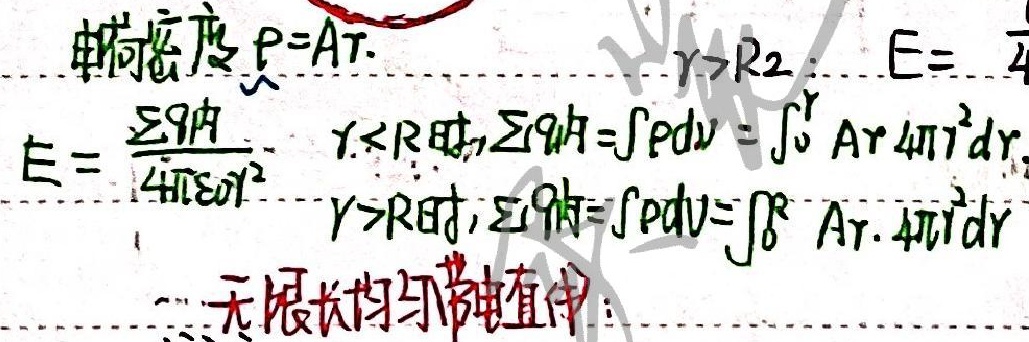
电荷密度 $\rho = Ar$.
$E = \frac{\sum q_{内}}{4\pi\varepsilon_0 r^2}$
$r<R时,\sum q_{内}=\int\rho dv=\int_{0}^{r} Ar\cdot 4\pi r^{2}dr$,
$r>R时,\sum q_{内}=\int\rho dv=\int_{0}^{R} Ar\cdot 4\pi r^{2}dr$
无限长均匀带电直线